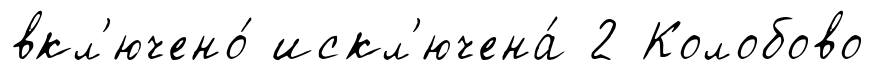
вкл'ючено́ искл'ючена́ 2 Колобово